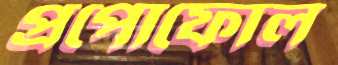
প্রপোফোল